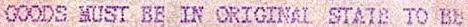
GOODS MUST BE IN ORIGINAL STATE TO BE